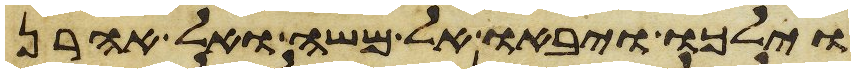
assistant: וילכו ויבאו אל משה ואל אהרן